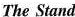
The Stand